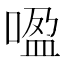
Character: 𰈏